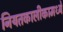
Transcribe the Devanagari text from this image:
नियतकालीकामध्ये